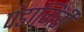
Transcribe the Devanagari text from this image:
पंडागिरी